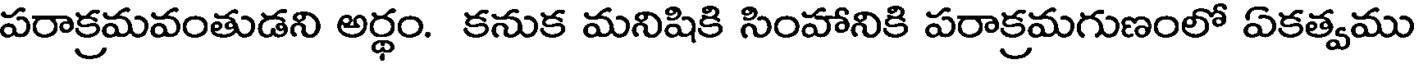
పరాక్రమవంతుడని అర్థం. కనుక మనిషికి సింహానికి పరాక్రమగుణంలో ఏకత్వము